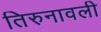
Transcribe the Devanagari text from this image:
तिरुनावली